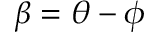
\beta = \theta - \phi